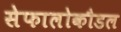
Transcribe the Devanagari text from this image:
सेफालोकौडल